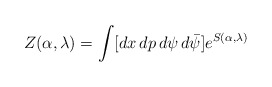
\begin{align*}Z(\alpha,\lambda)=\int[dx\,dp\,d\psi\,d\bar{\psi}]e^{S(\alpha,\lambda)}\end{align*}